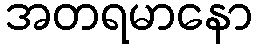
အတရမာနော